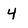
Character: 4